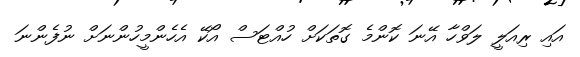
އައި ރިއަލީ ލަވްހާ އޭނަ ކޮންމެ ގޮތަކަށް ހުއްޓަސް އޯކޭ އެހެންމީހުންނަށް ނުފެންނަ